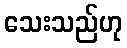
သေးသည်ဟု